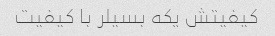
کیفیتش یکه بسیلر با کیفیت